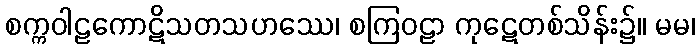
စက္ကဝါဠကောဋိသတသဟဿေ၊ စကြဝဠာ ကုဋေတစ်သိန်း၌။ မမ၊